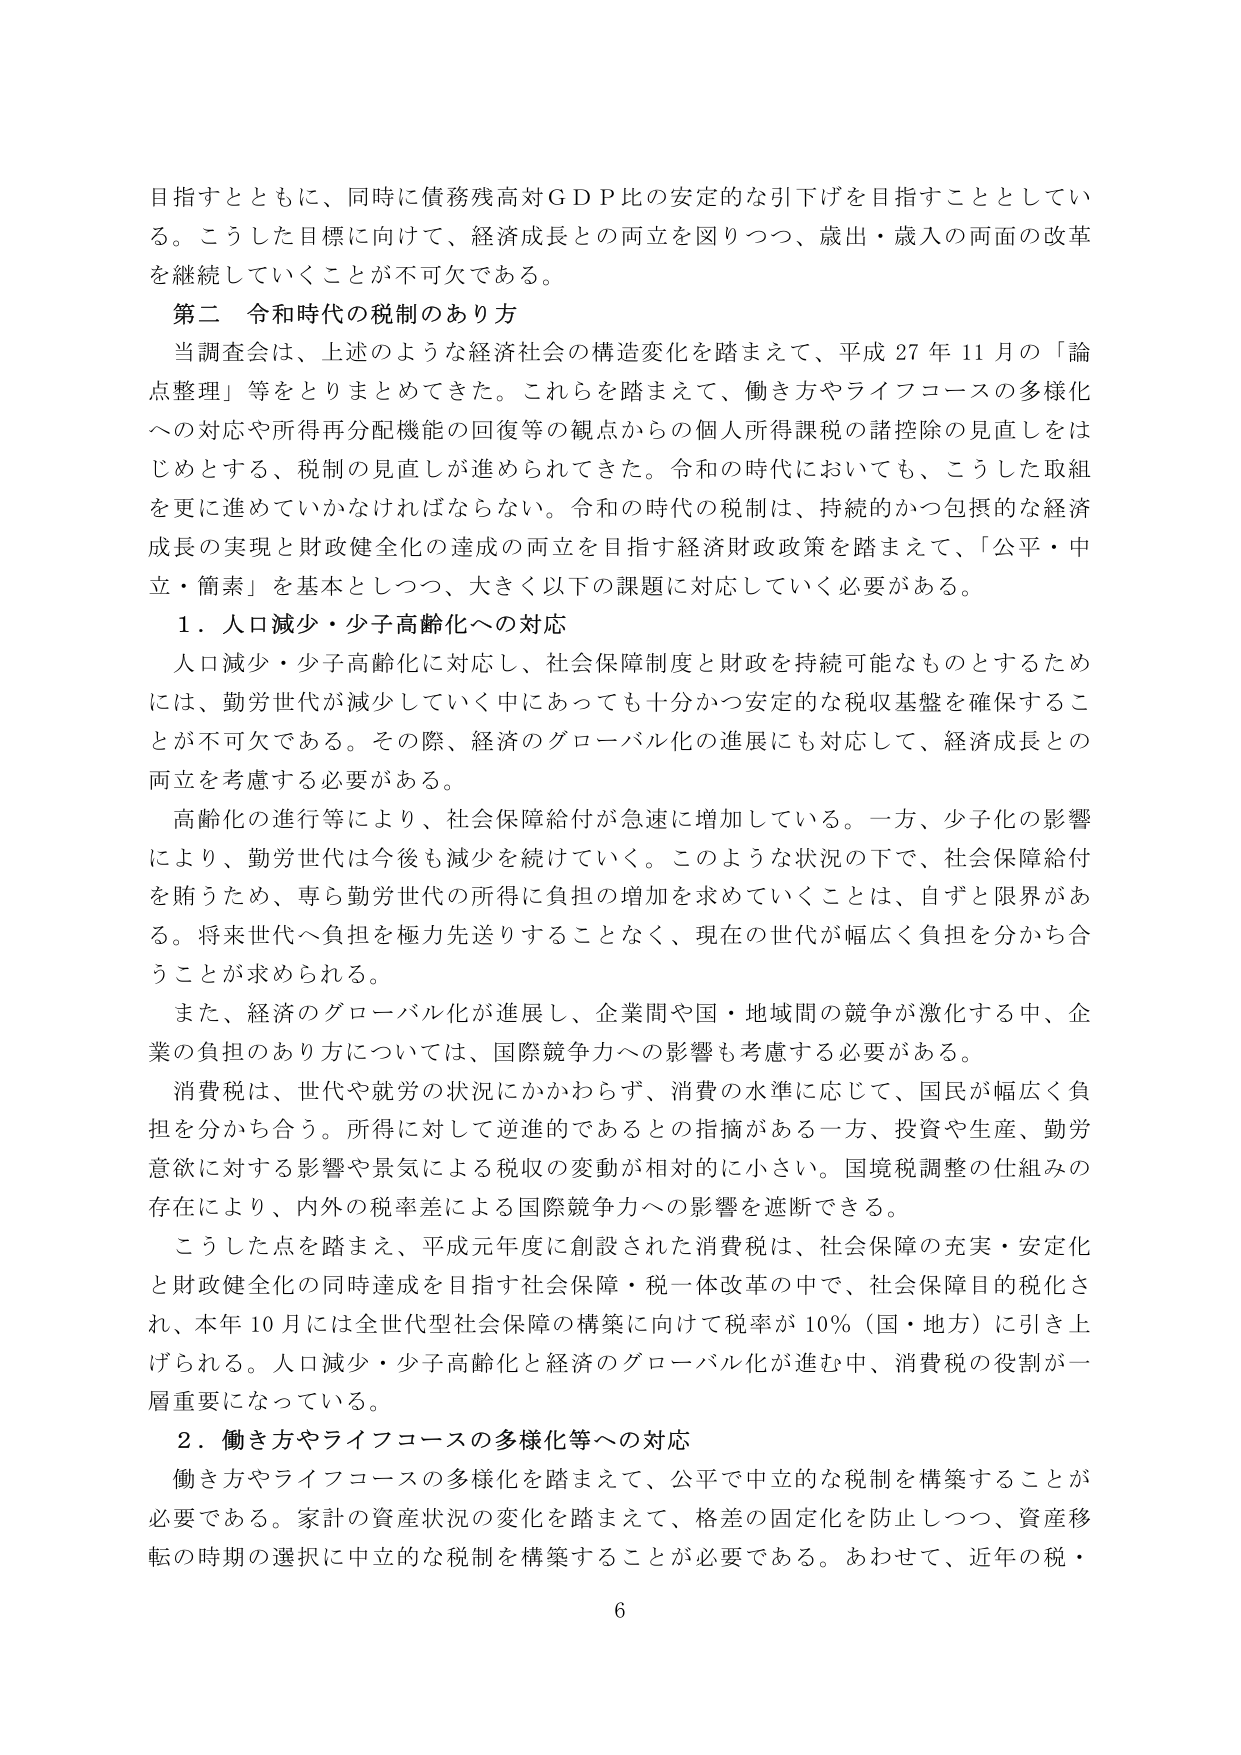
目指すとともに、同時に債務残高対ＧＤＰ比の安定的な引下げを目指すこととしている。こうした目標に向けて、経済成長との両立を図りつつ、歳出・歳入の両面の改革を継続していくことが不可欠である。

第二 令和時代の税制のあり方

当調査会は、上述のような経済社会の構造変化を踏まえて、平成27年11月の「論点整理」等をとりまとめてきた。これらを踏まえて、働き方やライフコースの多様化への対応や所得再分配機能の回復等の観点からの個人所得課税の諸控除の見直しをはじめとする、税制の見直しが進められてきた。令和の時代においても、こうした取組を更に進めていかなければならない。令和の時代の税制は、持続的かつ包摂的な経済成長の実現と財政健全化の達成の両立を目指す経済財政政策を踏まえて、「公平・中立・簡素」を基本としつつ、大きく以下の課題に対応していく必要がある。

１．人口減少・少子高齢化への対応

人口減少・少子高齢化に対応し、社会保障制度と財政を持続可能なものとするためには、勤労世代が減少していく中であっても十分かつ安定的な税収基盤を確保することが不可欠である。その際、経済のグローバル化の進展にも対応して、経済成長との両立を考慮する必要がある。

高齢化の進行等により、社会保障給付が急速に増加している。一方、少子化の影響により、勤労世代は今後も減少を続けていく。このような状況の下で、社会保障給付を賄うため、専ら勤労世代の所得に負担の増加を求めていくことは、自ずと限界がある。将来世代へ負担を極力先送りすることなく、現在の世代が幅広く負担を分かち合うことが求められる。

また、経済のグローバル化が進展し、企業間や国・地域間の競争が激化する中、企業の負担のあり方については、国際競争力への影響も考慮する必要がある。

消費税は、世代や就労の状況にかかわらず、消費の水準に応じて、国民が幅広く負担を分かち合う。所得に対して逆進的であるとの指摘がある一方、投資や生産、勤労意欲に対する影響や景気による税収の変動が相対的に小さい。国境税調整の仕組みの存在により、内外の税率差による国際競争力への影響を遮断できる。

こうした点を踏まえ、平成元年度に創設された消費税は、社会保障の充実・安定化と財政健全化の同時達成を目指す社会保障・税一体改革の中で、社会保障目的税化され、本年10月には全世代型社会保障の構築に向けて税率が10％（国・地方）に引き上げられる。人口減少・少子高齢化と経済のグローバル化が進む中、消費税の役割が一層重要になっている。

２．働き方やライフコースの多様化等への対応

働き方やライフコースの多様化を踏まえて、公平で中立的な税制を構築することが必要である。家計の資産状況の変化を踏まえて、格差の固定化を防止しつつ、資産移転の時期の選択に中立的な税制を構築することが必要である。あわせて、近年の税・

6